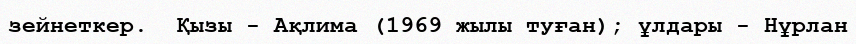
зейнеткер.  Қызы - Ақлима (1969 жылы туған); ұлдары - Нұрлан